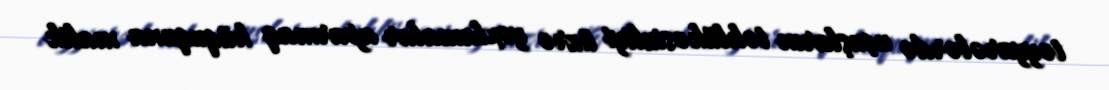
təyyarələrdə uçuşların təhlükəsizliyi üzrə yoxlamalar aparmaq hüququna malik